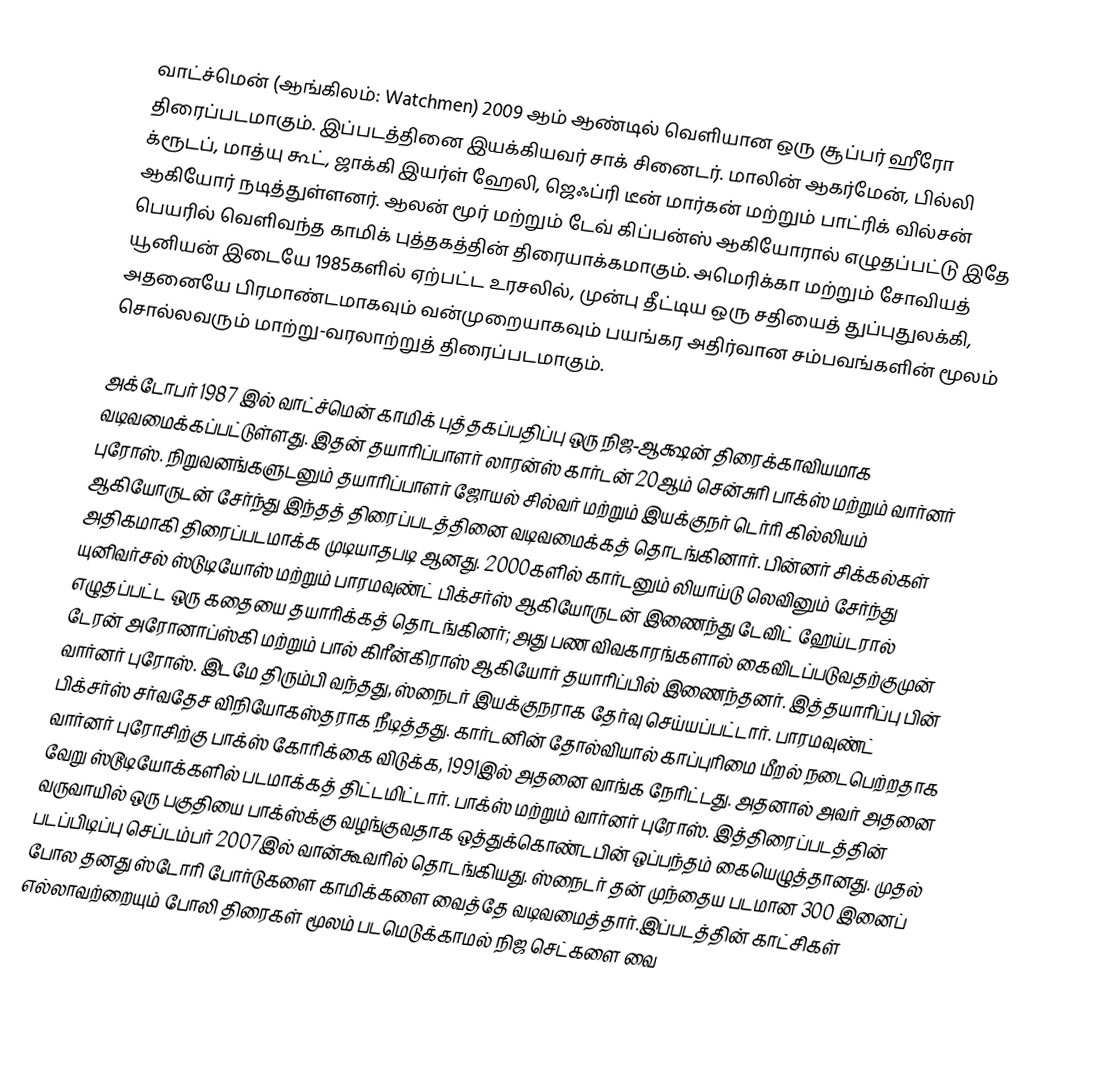
வாட்ச்மென் (ஆங்கிலம்: Watchmen) 2009 ஆம் ஆண்டில் வெளியான ஒரு சூப்பர் ஹீரோ திரைப்படமாகும். இப்படத்தினை இயக்கியவர் சாக் சினைடர். மாலின் ஆகர்மேன், பில்லி க்ரூடப், மாத்யு கூட், ஜாக்கி இயர்ள் ஹேலி, ஜெஃப்ரி டீன் மார்கன் மற்றும் பாட்ரிக் வில்சன் ஆகியோர் நடித்துள்ளனர். ஆலன் மூர் மற்றும் டேவ் கிப்பன்ஸ் ஆகியோரால் எழுதப்பட்டு இதே பெயரில் வெளிவந்த காமிக் புத்தகத்தின் திரையாக்கமாகும். அமெரிக்கா மற்றும் சோவியத் யூனியன் இடையே 1985களில் ஏற்பட்ட உரசலில், முன்பு தீட்டிய ஒரு சதியைத் துப்புதுலக்கி, அதனையே பிரமாண்டமாகவும் வன்முறையாகவும் பயங்கர அதிர்வான சம்பவங்களின் மூலம் சொல்லவரும் மாற்று-வரலாற்றுத் திரைப்படமாகும்.

அக்டோபர் 1987 இல் வாட்ச்மென் காமிக் புத்தகப்பதிப்பு ஒரு நிஜ-ஆக்ஷன் திரைக்காவியமாக வடிவமைக்கப்பட்டுள்ளது. இதன் தயாரிப்பாளர் லாரன்ஸ் கார்டன் 20ஆம் சென்சுரி பாக்ஸ் மற்றும் வார்னர் புரோஸ். நிறுவனங்களுடனும் தயாரிப்பாளர் ஜோயல் சில்வர் மற்றும் இயக்குநர் டெர்ரி கில்லியம் ஆகியோருடன் சேர்ந்து இந்தத் திரைப்படத்தினை வடிவமைக்கத் தொடங்கினார். பின்னர் சிக்கல்கள் அதிகமாகி திரைப்படமாக்க முடியாதபடி ஆனது. 2000களில் கார்டனும் லியாய்டு லெவினும் சேர்ந்து யுனிவர்சல் ஸ்டுடியோஸ் மற்றும் பாரமவுண்ட் பிக்சர்ஸ் ஆகியோருடன் இணைந்து டேவிட் ஹேய்டரால் எழுதப்பட்ட ஒரு கதையை தயாரிக்கத் தொடங்கினர்; அது பண விவகாரங்களால் கைவிடப்படுவதற்குமுன் டேரன் அரோனாப்ஸ்கி மற்றும் பால் கிரீன்கிராஸ் ஆகியோர் தயாரிப்பில் இணைந்தனர். இத்தயாரிப்பு பின் வார்னர் புரோஸ். இடமே திரும்பி வந்தது, ஸ்நைடர் இயக்குநராக தேர்வு செய்யப்பட்டார். பாரமவுண்ட் பிக்சர்ஸ் சர்வதேச விநியோகஸ்தராக நீடித்தது. கார்டனின் தோல்வியால் காப்புரிமை மீறல் நடைபெற்றதாக வார்னர் புரோசிற்கு பாக்ஸ் கோரிக்கை விடுக்க, 1991இல் அதனை வாங்க நேரிட்டது. அதனால் அவர் அதனை வேறு ஸ்டூடியோக்களில் படமாக்கத் திட்டமிட்டார். பாக்ஸ் மற்றும் வார்னர் புரோஸ். இத்திரைப்படத்தின் வருவாயில் ஒரு பகுதியை பாக்ஸ்க்கு வழங்குவதாக ஒத்துக்கொண்டபின் ஒப்பந்தம் கையெழுத்தானது. முதல் படப்பிடிப்பு செப்டம்பர் 2007இல் வான்கூவரில் தொடங்கியது. ஸ்நைடர் தன் முந்தைய படமான 300 இனைப் போல தனது ஸ்டோரி போர்டுகளை காமிக்களை வைத்தே வடிவமைத்தார்.இப்படத்தின் காட்சிகள் எல்லாவற்றையும் போலி திரைகள் மூலம் படமெடுக்காமல் நிஜ செட்களை வை